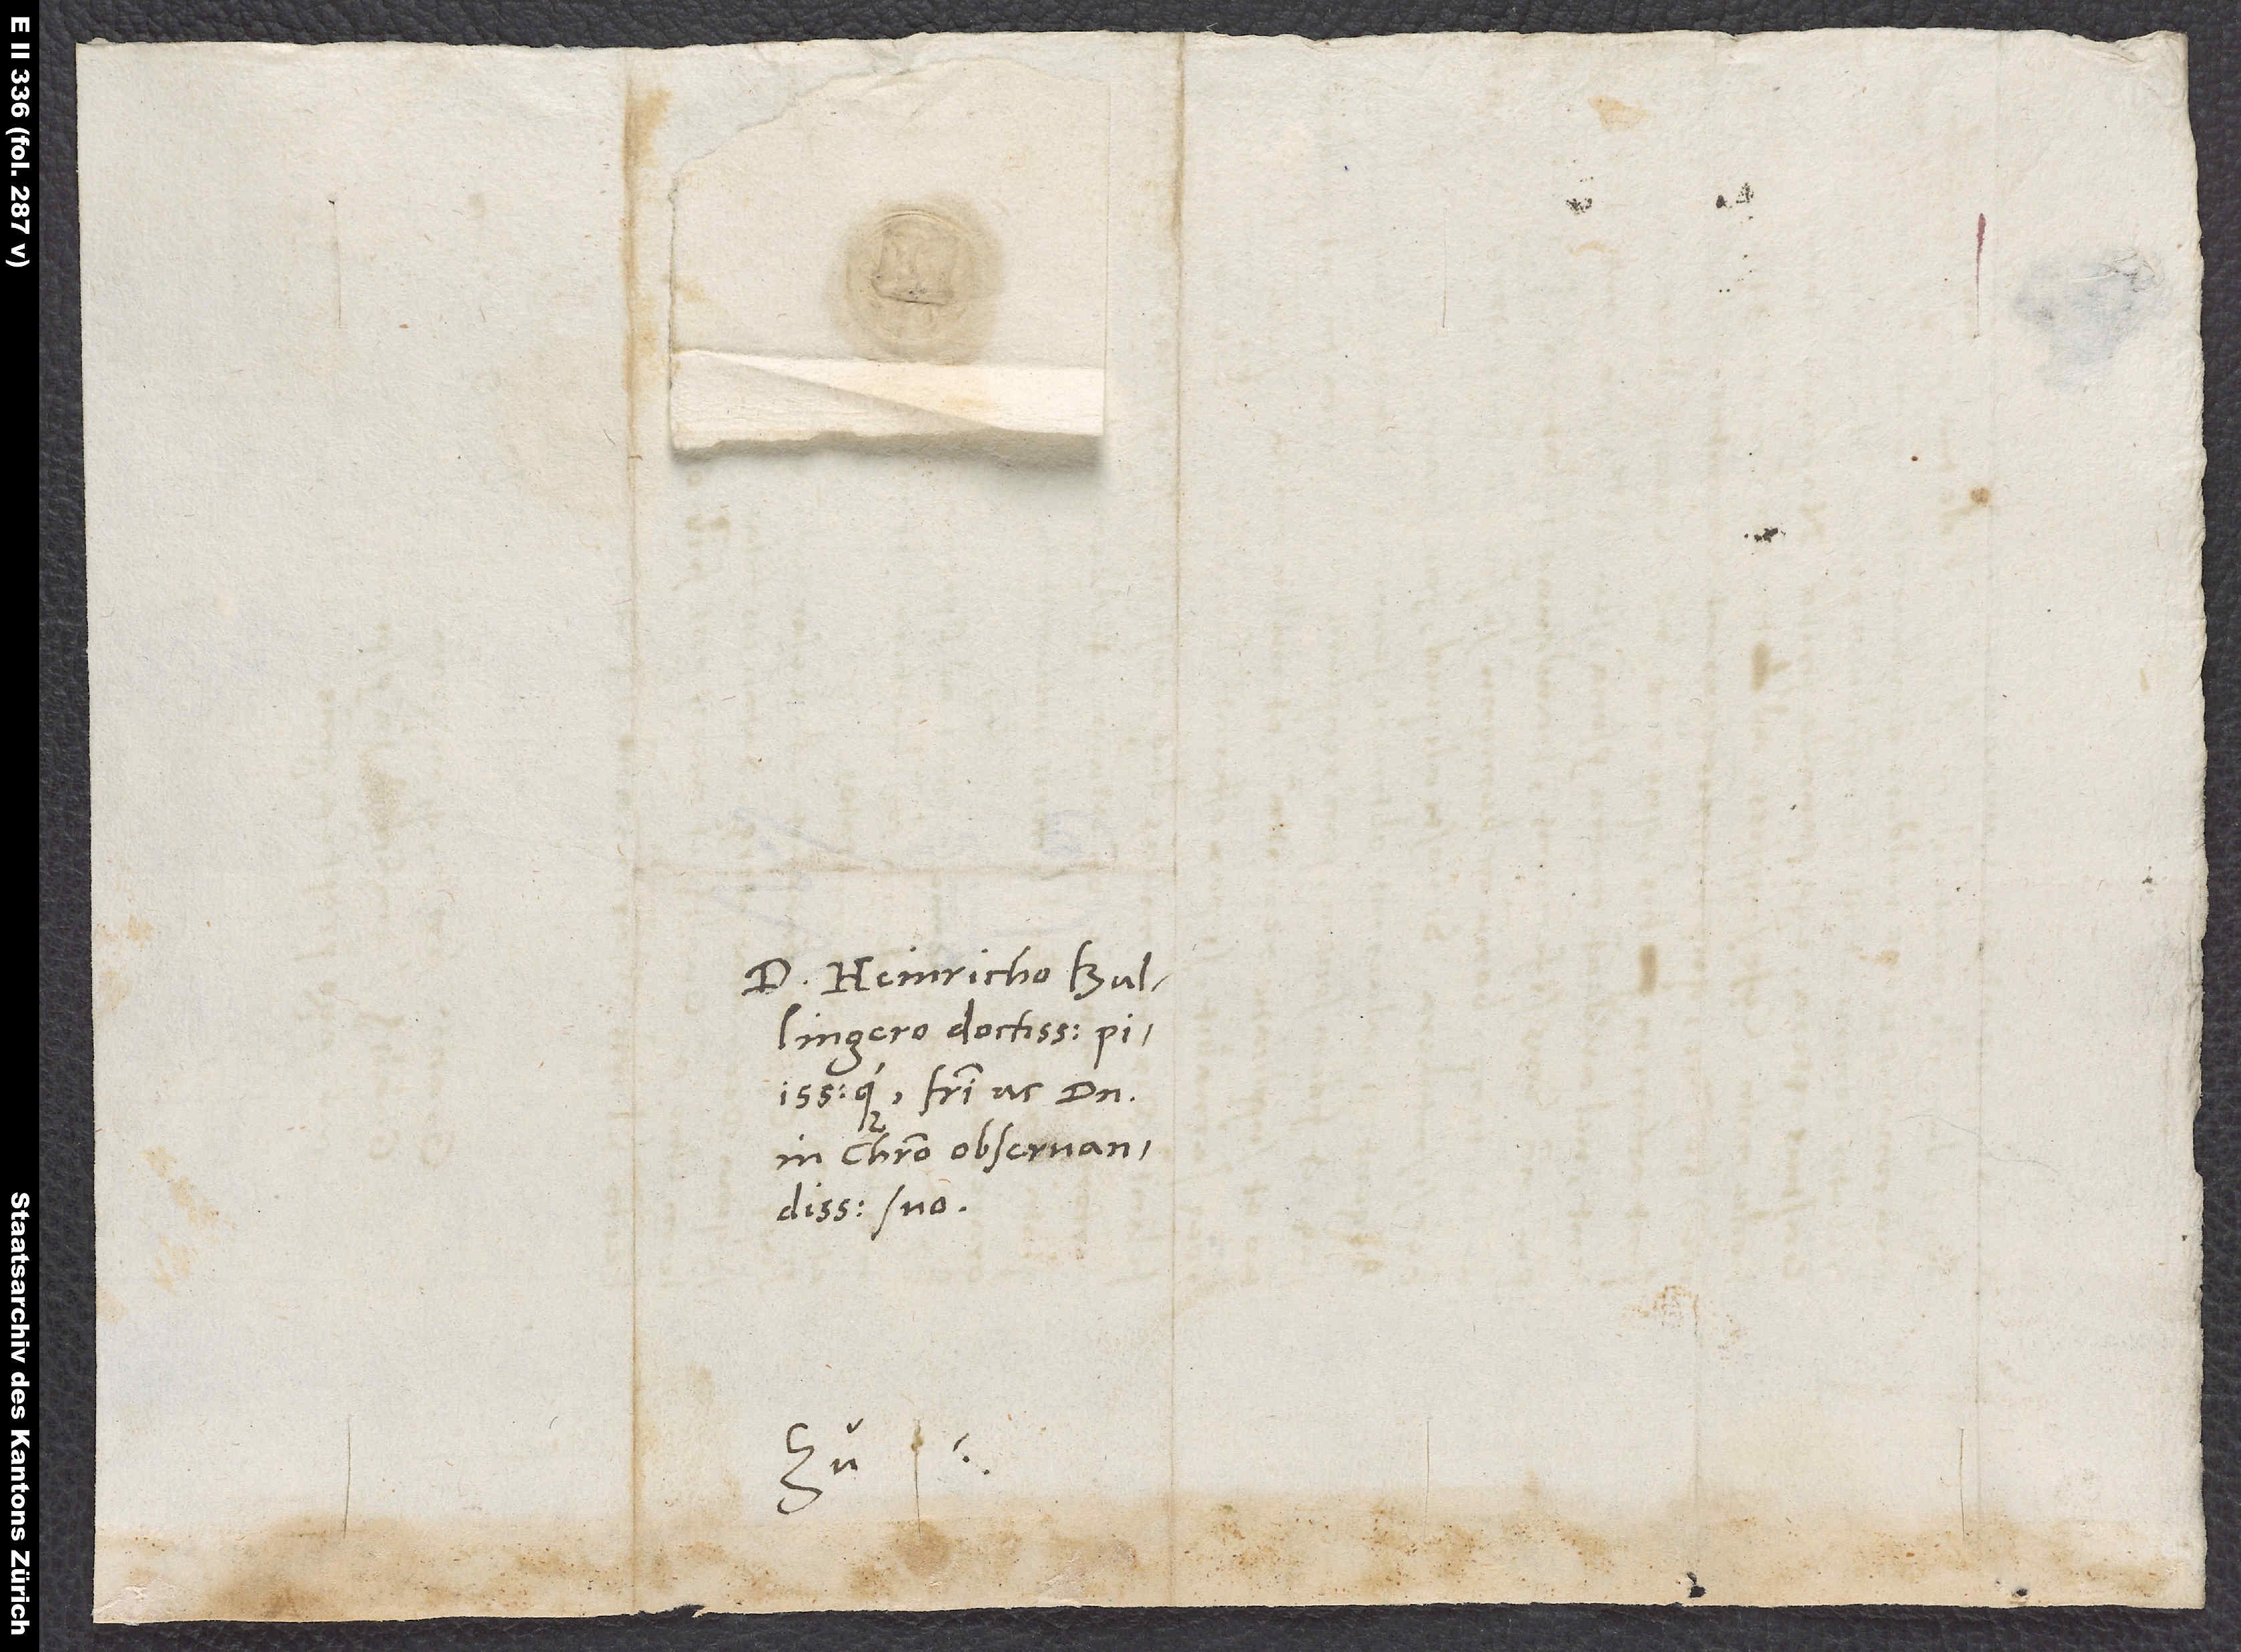
D. Heinricho Bullingero,
fratri ac domino
in Christo observandissimo
suo.
S.